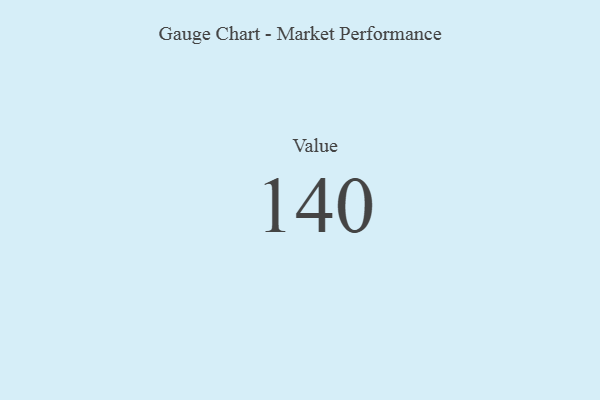
{"axis": {"x": "Metric", "y": "Value"}, "legend": [""], "data": [{"x": "Value", "y": 140, "type": ""}]}